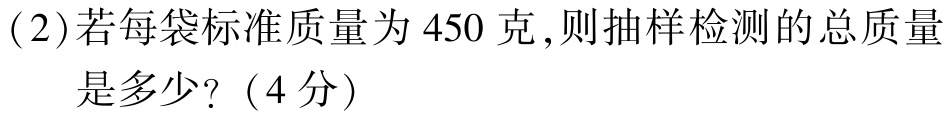
(2)若每袋标准质量为 450 克,则抽样检测的总质量
是多少?（4分）